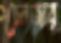
চেনজার